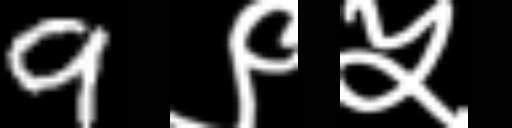
Text: 9९५